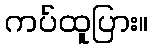
ကပ်ထူပြား။